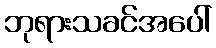
ဘုရားသခင်အပေါ်